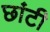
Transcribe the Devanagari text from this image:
छांटी